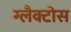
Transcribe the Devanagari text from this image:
ग्लैक्टोस